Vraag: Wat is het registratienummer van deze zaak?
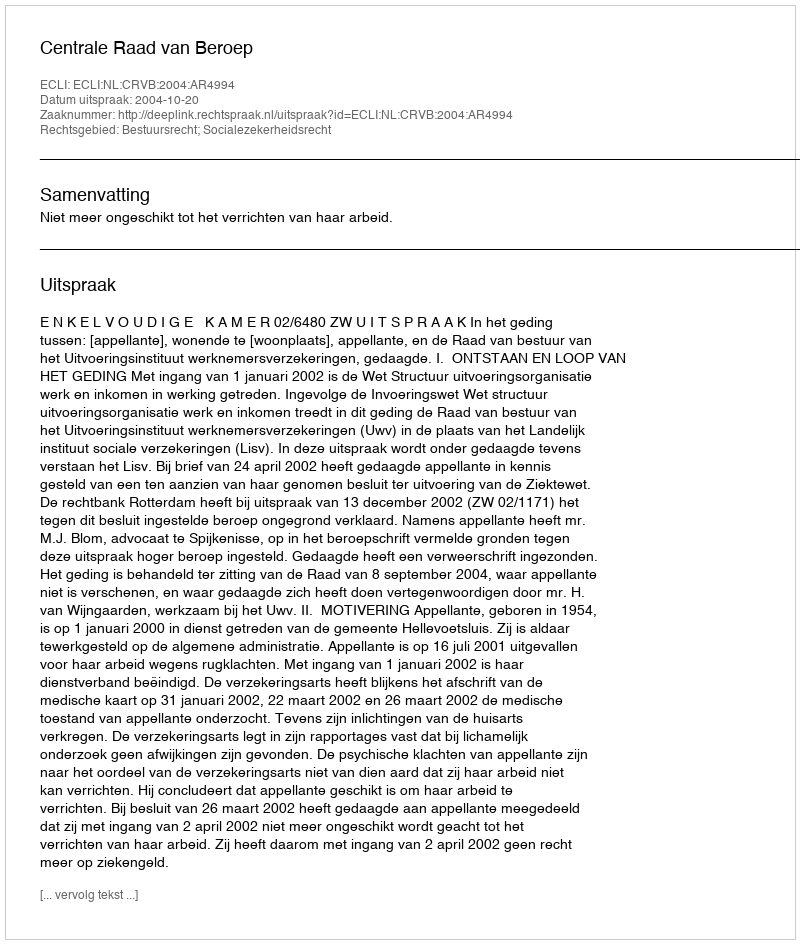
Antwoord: http://deeplink.rechtspraak.nl/uitspraak?id=ECLI:NL:CRVB:2004:AR4994